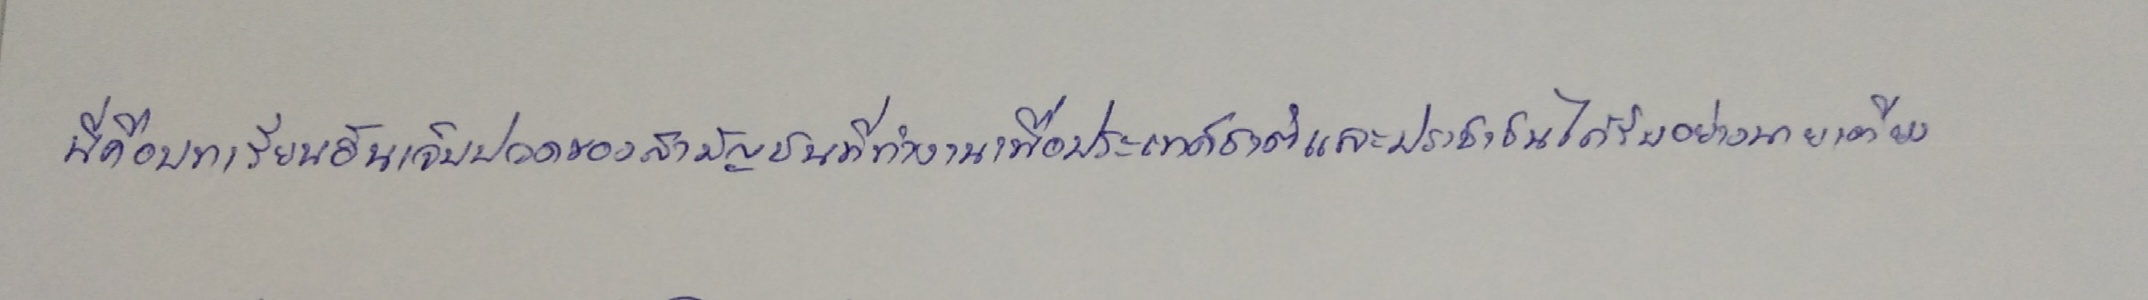
นี่คือบทเรียนอันเจ็บปวดของสามัญชนที่ทำงานเพื่อประเทศชาติและประชาชนได้รับอย่างนายเตียง